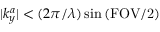
| k _ { y } ^ { a } | < ( 2 \pi / \lambda ) \sin { ( \mathrm { F O V / 2 ) } }